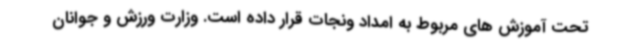
تحت آموزش های مربوط به امداد ونجات قرار داده است. وزارت ورزش و جوانان